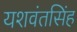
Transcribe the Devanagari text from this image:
यशवंतसिंह